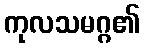
ကုလသမဂ္ဂ၏